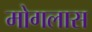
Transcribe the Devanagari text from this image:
मोगलास